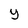
Character: y